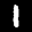
Label: 1